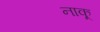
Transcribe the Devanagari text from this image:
नाकू